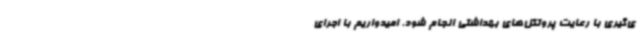
ی‌گیری با رعایت پروتکل‌های بهداشتی انجام شود. امیدواریم با اجرای